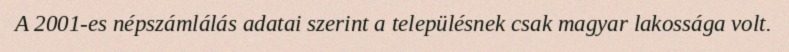
A 2001-es népszámlálás adatai szerint a településnek csak magyar lakossága volt.